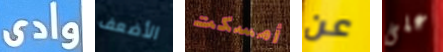
وادى الأضعف أمسكت عن على